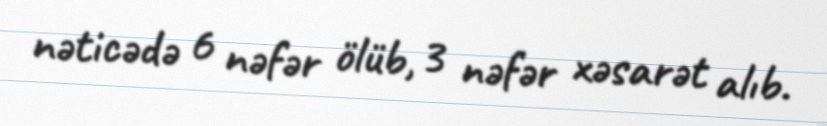
nəticədə 6 nəfər ölüb, 3 nəfər xəsarət alıb.